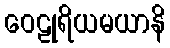
ဝေဠုရိယမယာနိ